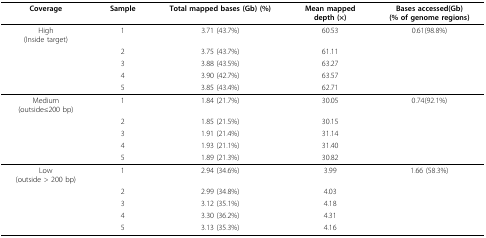
<table><thead><tr><td><b>Coverage</b></td><td><b>Sample</b></td><td><b>Total mapped bases (Gb) (%)</b></td><td><b>Mean mappeddepth (×)</b></td><td><b>Bases accessed(Gb)(% of genome regions)</b></td></tr></thead><tbody><tr><td>High(Inside target)</td><td>1</td><td>3.71 (43.7%)</td><td>60.53</td><td>0.61(98.8%)</td></tr><tr><td></td><td>2</td><td>3.75 (43.7%)</td><td>61.11</td><td></td></tr><tr><td></td><td>3</td><td>3.88 (43.5%)</td><td>63.27</td><td></td></tr><tr><td></td><td>4</td><td>3.90 (42.7%)</td><td>63.57</td><td></td></tr><tr><td></td><td>5</td><td>3.85 (43.4%)</td><td>62.71</td><td></td></tr><tr><td>Medium(outside≤200 bp)</td><td>1</td><td>1.84 (21.7%)</td><td>30.05</td><td>0.74(92.1%)</td></tr><tr><td></td><td>2</td><td>1.85 (21.5%)</td><td>30.15</td><td></td></tr><tr><td></td><td>3</td><td>1.91 (21.4%)</td><td>31.14</td><td></td></tr><tr><td></td><td>4</td><td>1.93 (21.1%)</td><td>31.40</td><td></td></tr><tr><td></td><td>5</td><td>1.89 (21.3%)</td><td>30.82</td><td></td></tr><tr><td>Low(outside &gt; 200 bp)</td><td>1</td><td>2.94 (34.6%)</td><td>3.99</td><td>1.66 (58.3%)</td></tr><tr><td></td><td>2</td><td>2.99 (34.8%)</td><td>4.03</td><td></td></tr><tr><td></td><td>3</td><td>3.12 (35.1%)</td><td>4.18</td><td></td></tr><tr><td></td><td>4</td><td>3.30 (36.2%)</td><td>4.31</td><td></td></tr><tr><td></td><td>5</td><td>3.13 (35.3%)</td><td>4.16</td><td></td></tr></tbody></table>